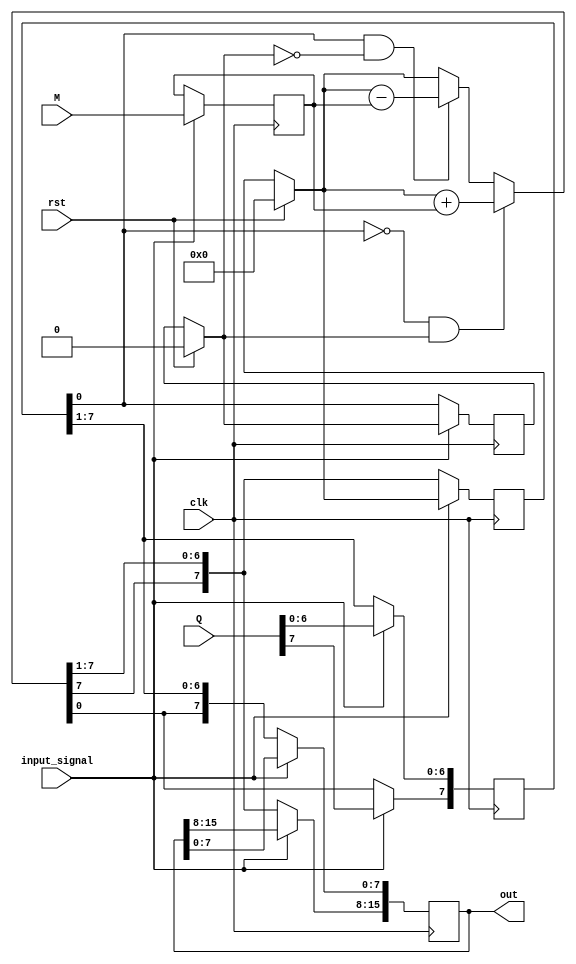
`timescale 1ns / 1ps
//////////////////////////////////////////////////////////////////////////////////
// Company: 
// Engineer: 
// 
// Design Name: 
// Module Name:    booth 
// Project Name: 
// Target Devices: 
// Tool versions: 
// Description: 
//
// Dependencies: 
//
// Revision: 
// Revision 0.01 - File Created
// Additional Comments: 
//
//////////////////////////////////////////////////////////////////////////////////

// Assignment number - 6
// Problem number - 3 (source file)
// Semester - 5 (Aut 2021)
// Group number - 5
// Group Member 1 - Suryam Arnav Kalra (19CS30050)
// Group Member 2 - Kunal Singh (19CS30025)

module booth(M, Q, out, clk, rst, input_signal);
	input [7:0] M, Q; // Input multiplicand and mutiplier 8 bit
	output reg [15:0] out; // output product 16 bit
	input clk, rst, input_signal; // other inputs
	reg[0:0] Q_1; // temporary used in multiplication process
	reg[0:0] Q_0, C_temp; // temporary used in multiplication process
	reg [7:0] A; // temporary used in multiplication process
	reg[7:0] M_, Q_; // temporary used in multiplication process
	
	
	always @(posedge clk) begin
		// At positive edge of clock with reset we reset the A and Q_1 to 0
		if(rst) begin
			Q_1 = 0;
			A = 8'b0;
		end
		// At positive edge of clock with input signal we set out temporaries M_ , Q_ to M and Q
		if(input_signal) begin
			M_ = M;
			Q_ = Q;
		end
		// else we do all the operations
		else begin
			Q_0 = Q_[0];
		// Check the most significant bit of Q with Q_1, if it is 01 then do A = A + M else if it is 10 do A = A - M
			if(Q_0 == 0 & Q_1 == 1) begin
				{A} = A + M_;
			end
			else if(Q_0 == 1 & Q_1 == 0) begin
				{A} = A - M_;
			end
		// set Q_1 as the least significant bit of Q
			Q_1 = Q_[0];
		// Right shift Q
			Q_ = Q_ >> 1;
			Q_0 = Q_[0];
		// make MSB of Q to LSB of A
			Q_[7] = A[0];
		// do arithmetic right shift on A
			A = $signed(A) >>> 1;
		// set lower 8 bits of output to Q and upper to A, together they make the product
			out[7:0] = Q_;
			out[15:8] = A;
		end
	end
	

endmodule